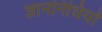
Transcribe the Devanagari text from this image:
ज्ञाननिधियों